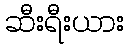
ဆီးရီးယား